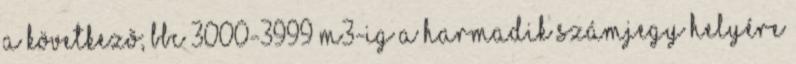
a következõ; bbc 3000-3999 m3-ig a harmadik számjegy helyére